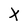
Character: X